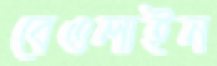
বেওলাইন